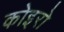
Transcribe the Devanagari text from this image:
कोइरो